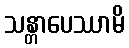
သန္တာပေဿာမိ